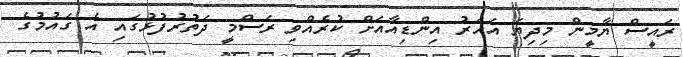
ރައީސް ޔާމީން މިިދިޔަ އަހަރު އިންޑިއާއަށް ކުރެއްވި ރަސްމީ ދަތުރުފުޅުގައި އެ ގައުމުގެ